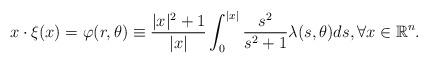
LaTeX: \begin{align*} x\cdot\xi(x)=\varphi(r,\theta)\equiv\frac{|x|^2+1}{|x|}\int^{|x|}_0\frac{s^2}{s^2+1}\lambda(s,\theta)ds, \forall x\in{\mathbb{R}}^n. \end{align*}